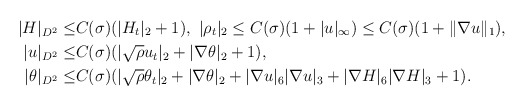
\begin{align*}|H|_{D^2}\leq& C(\sigma)(|H_t|_2+1),\ |\rho_t|_2\leq C(\sigma)(1+|u|_\infty)\leq C(\sigma)(1+\|\nabla u\|_1),\\|u|_{D^2}\leq& C(\sigma)(|\sqrt{\rho}u_t|_2+|\nabla \theta|_2+1),\\|\theta|_{D^2}\leq& C(\sigma)(|\sqrt{\rho}\theta_t|_2+|\nabla \theta|_2+|\nabla u|_6|\nabla u|_3+|\nabla H|_6|\nabla H|_3+1).\end{align*}